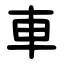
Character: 車